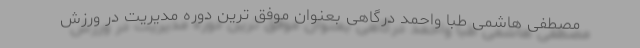
مصطفی هاشمی طبا واحمد درگاهی بعنوان موفق ترین دوره مدیریت در ورزش